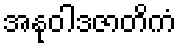
အနုဝါဒဇာတိကံ